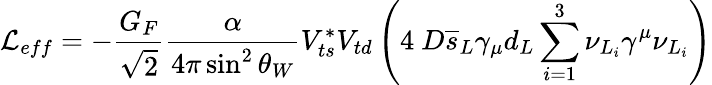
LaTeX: {\cal{L}}_{eff}=-{\frac{G_{F}}{\sqrt{2}}}{\frac{\alpha}{4\pi\sin^{2}\theta_{W}}}V_{ts}^{*}V_{td}\left(4\ D\overline{{{s}}}_{L}\gamma_{\mu}d_{L}\sum_{i=1}^{3}\nu_{L_{i}}\gamma^{\mu}\nu_{L_{i}}\right)